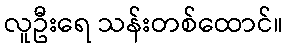
လူဦးရေ သန်းတစ်ထောင်။